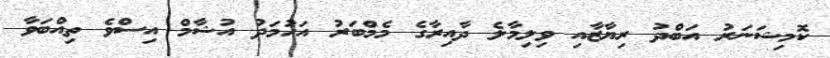
ކޮމިޝަނަރު އަބްދު ރިޔާޒާއި ވިލިމާލެ ދާއިރާގެ މެމްބަރު އަހުމަދު އުޝާމް އިސްވެ ތިއްބަވާ